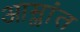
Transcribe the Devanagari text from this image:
आम्लांत